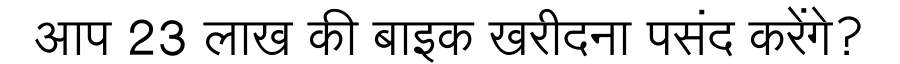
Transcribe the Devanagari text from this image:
आप 23 लाख की बाइक खरीदना पसंद करेंगे?